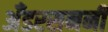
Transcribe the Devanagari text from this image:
अँडरसननी